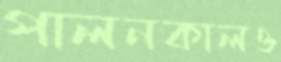
পালনকালও